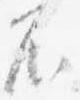
不